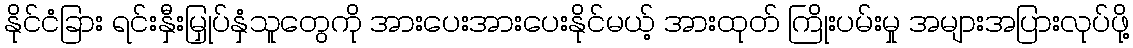
နိုင်ငံခြား ရင်းနှီးမြှုပ်နှံသူတွေကို အားပေးအားပေးနိုင်မယ့် အားထုတ် ကြိုးပမ်းမှု အများအပြားလုပ်ဖို့